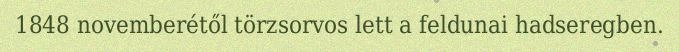
1848 novemberétől törzsorvos lett a feldunai hadseregben.